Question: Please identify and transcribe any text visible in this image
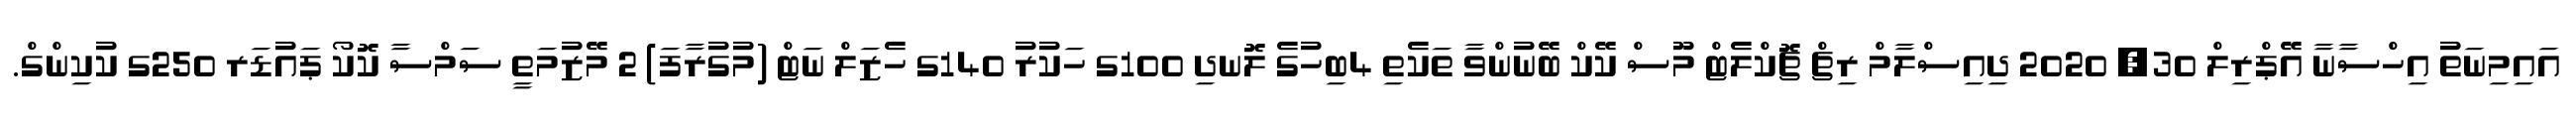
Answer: އައިމިނަތު އިހްސާނާ އޭޕްރިލް 30, 2020 ދިއިސްލާމް ރިޗް ޗޮކްލެޓް މޫސް ކޭކް ބޭނުންވާ ތަކެތި 4ބިހުގެ ލޮނދި 100ގ ހަކުރު 140ގ ހެޒަލް ނަޓް (މުގުރާފަ) 2 މޭޒުމަތީ ސަމްސާ ކޮކޯ ޕައުޑަރ 250ގ ކުކިންގް.